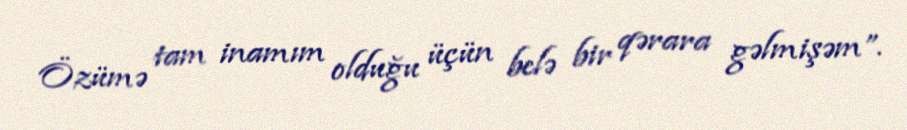
Özümə tam inamım olduğu üçün belə bir qərara gəlmişəm”.